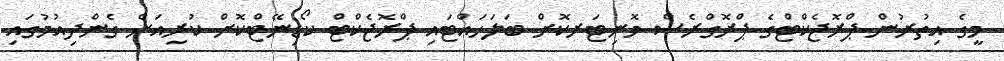
މީގެ އިތުރުން ޕްރޮޖެކްޓްގެ ޕްރޮގްރެސް މޮނިޓަރކޮށް ބަލަހައްޓައި ޕްރޮޖެކްޓް ކޯޑިނޭޓްކޮށް ކުރިއަށް ގެންދިއުމުގައި